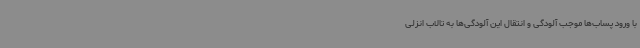
با ورود پساب‌ها موجب آلودگی و انتقال این آلودگی‌ها به تالاب انزلی